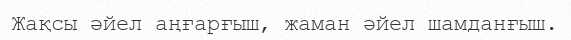
Жақсы әйел аңғарғыш, жаман әйел шамданғыш.